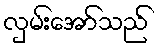
လှမ်းအော်သည်